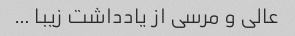
عالی و مرسی از یادداشت زیبا …